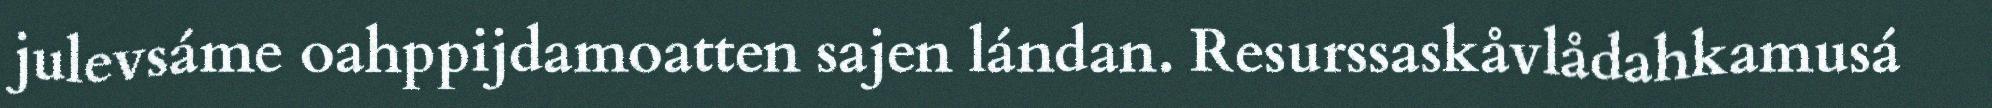
julevsáme oahppijdamoatten sajen lándan. Resurssaskåvlådahkamusá